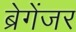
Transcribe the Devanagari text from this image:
ब्रेगेंजर